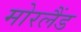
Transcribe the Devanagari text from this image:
मोरलैंड